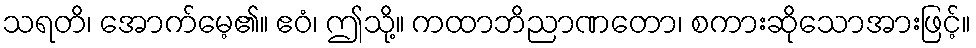
သရတိ၊ အောက်မေ့၏။ ဧဝံ၊ ဤသို့။ ကထာဘိညာဏတော၊ စကားဆိုသောအားဖြင့်။